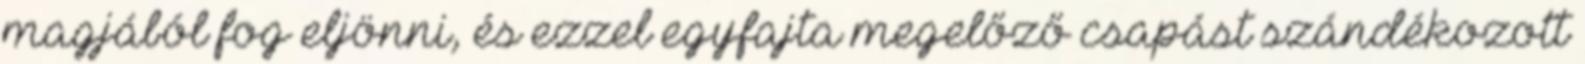
magjából fog eljönni, és ezzel egyfajta megelőző csapást szándékozott